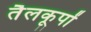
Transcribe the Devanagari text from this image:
तैलकूपों